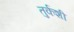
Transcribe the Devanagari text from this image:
तुर्कशी